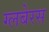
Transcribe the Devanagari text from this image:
ग्लबेरस